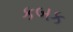
કબક